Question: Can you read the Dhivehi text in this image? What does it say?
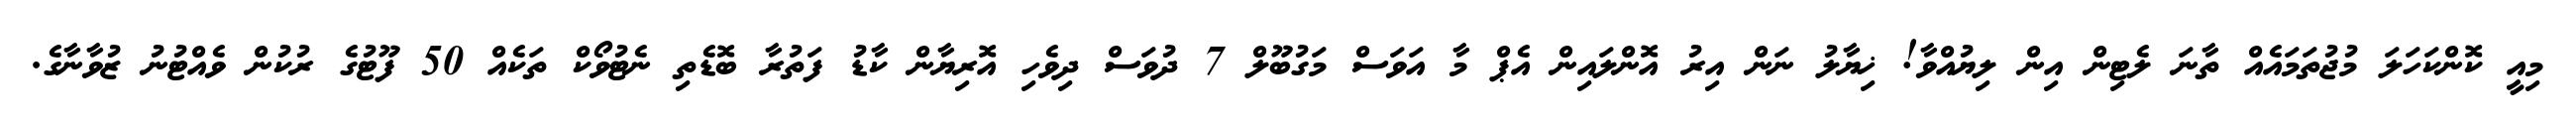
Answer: މިއީ ކޮންކަހަލަ މުޖުތަމައެއް ތާނަ ލެޓިން އިން ލިޔުއްވާ! ޚިޔާލު ނަން އިރު އޮންލައިން އެޕް މާ އަވަސް މަގުބޫލް 7 ދުވަސް ދިވެހި އޮރިޔާން ކާޑު ފަތުރާ ބޮޑެތި ނެޓުވޯކް ތަކެއް 50 ފޫޓުގެ ރުކުން ވެއްޓުނު ޒުވާނާގެ.